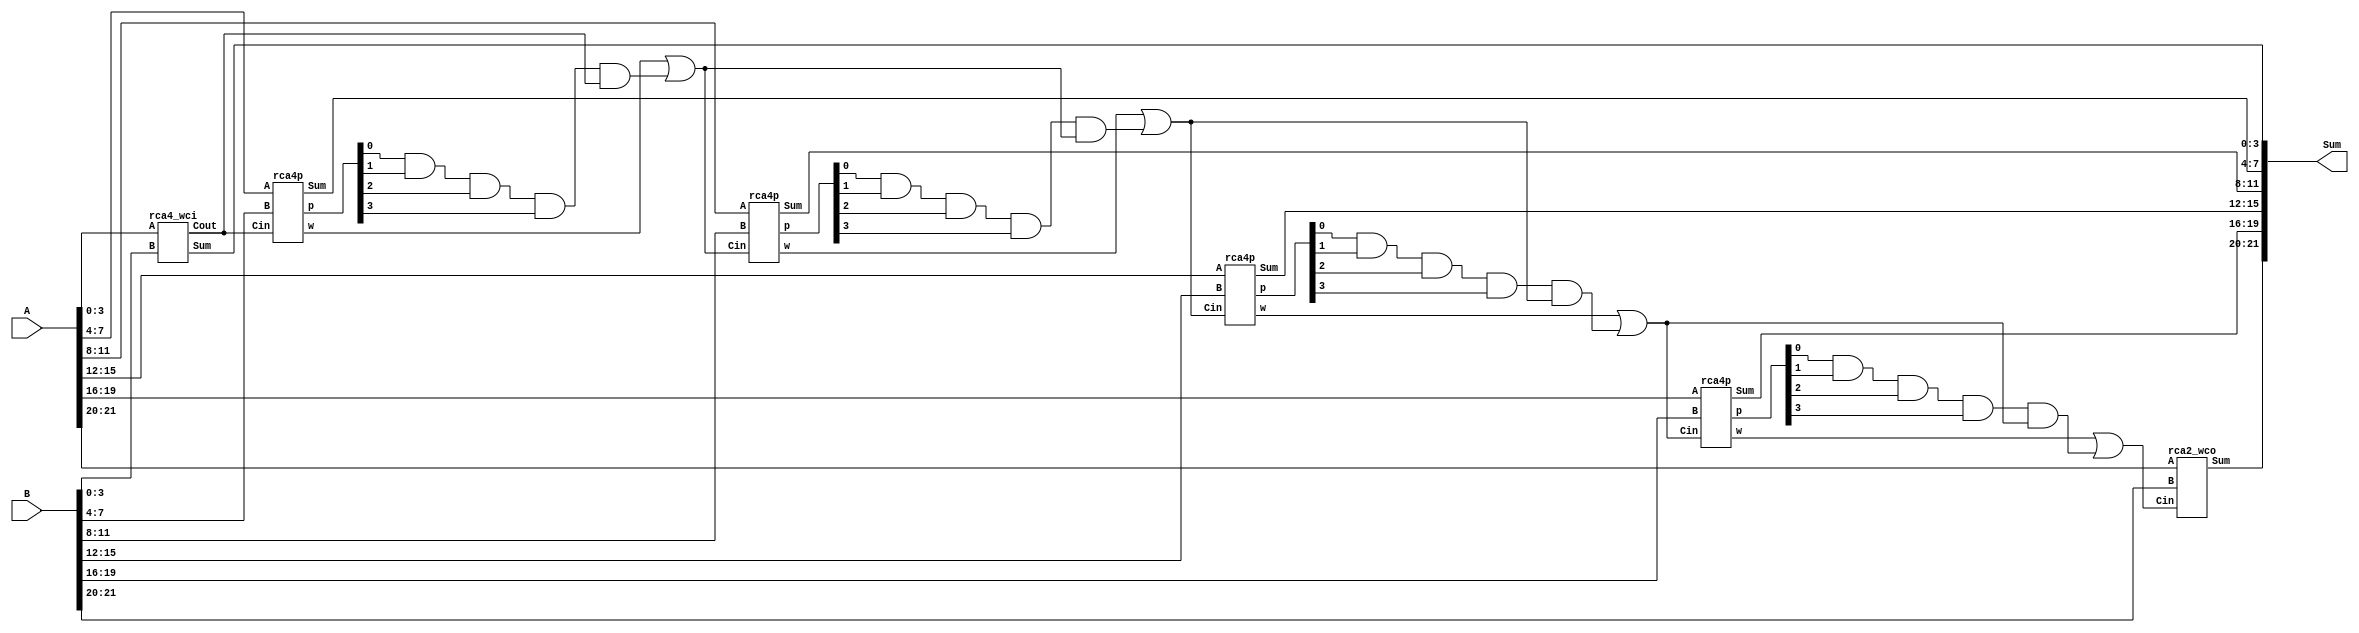
// reuse the above block modules to build the final adder
// The adder is a 22 bit adder which will make use of six blocks of 4 bit each
// carry skip adder 22-bits
module cska22(A, B, Sum);
  input [21:0] A, B;
  
  output [21:0] Sum;
  
  wire [3:0] p1, p2, p3, p4;
  wire w1, w2, w3, w4, w5, w6, w7, w8, c4, c7, c12, c16, c20;
  
  // ripple carry adder without * carry in *
  rca4_wci  r1(A[3:0], B[3:0], Sum[3:0], c4);
  
  // ripple carry adder with port * p * and * carry out *
  rca4p r2(A[7:4], B[7:4], c4, Sum[7:4], w1, p1);
  and   a1(w2, p1[0], p1[1], p1[2], p1[3], c4);
  or    o1(c7, w1, w2);
  
  // ripple carry adder with port * p * and * carry out *
  rca4p r3(A[11:8], B[11:8], c7, Sum[11:8], w3, p2);
  and   a2(w4, p2[0], p2[1], p2[2], p2[3], c7);
  or    o2(c12, w3, w4);
  
  // ripple carry adder with port * p * and * carry out *
  rca4p r4(A[15:12], B[15:12], c12, Sum[15:12], w5, p3);
  and   a3(w6, p3[0], p3[1], p3[2], p3[3], c12);
  or    o3(c16, w5, w6);
  
  // ripple carry adder with port * p * and * carry out *
  rca4p r5( A[19:16], B[19:16], c16, Sum[19:16], w7, p4);
  and   a4(w8, p4[0], p4[1], p4[2], p4[3], c16);
  or    o4(c20, w7, w8);
  
  // ripple carry adder without * carry out *
  rca2_wco  r6(A[21:20], B[21:20], c20, Sum[21:20]);

endmodule

// carry skip adder 15-bits, for counter, just add 1-bit every time
module cska15_count (A, Sum);
  input [14:0] A;
  
  output [14:0] Sum;
  
  wire w1, w2, w3, w4, w5, w6, w7, w8, c4, c7, c12, c16, c20;
  
  // ripple carry adder for count
  rca4_count  r1(A[3:0], Sum[3:0], c4);
  
  // ripple carry adder with for counter
  rca4_middle_count r2(A[7:4], c4, Sum[7:4], c7);
  
  // ripple carry adder with port * p *
  rca4_middle_count r3(A[11:8], c7, Sum[11:8], c12);
  
  rca3_wco  r4(A[14:12], c12, Sum[14:12]);
  
endmodule

// carry skip adder 14-bits, for counter, just add 1-bit every time
/***for RGBadd_enable_timer***/
module cska14_count (A, Sum, one_picture);
  input [13:0] A;
  
  output [13:0] Sum;
  output one_picture;
  
  wire w1, w2, w3, w4, w5, w6, w7, w8, c4, c7, c12, c13, c20;
  
  // ripple carry adder for count
  rca4_count  r1(A[3:0], Sum[3:0], c4);
  
  // ripple carry adder with for counter
  rca4_middle_count r2(A[7:4], c4, Sum[7:4], c7);
  
  // ripple carry adder with port * p *
  rca4_middle_count r3(A[11:8], c7, Sum[11:8], c12);
  
  ha ha1(A[12], c12, Sum[12], c13);
  ha ha2(A[13], c13, Sum[13], one_picture);
  
endmodule

// *** for counter ***
// 5-bits ripple carry adder *without* carry out
module rca5_count (A, Sum);
  input [4:0] A;
  
  output [4:0] Sum;
  
  wire [4:0] c;
  wire p, c4;
  wire Cin;
  
  assign Cin=1'b1;
  
  ha ha1(A[0], Cin, Sum[0], c[0]);
  ha ha2(A[1], c[0], Sum[1], c[1]);
  ha ha3(A[2], c[1], Sum[2], c[2]);
  ha ha4(A[3], c[2], Sum[3], c[3]);
  
  and a1(c[4], A[4], c[3]);
  not n1(c4, c[4]);
  or o1(p, A[4], c[3]);
  and a2(Sum[4], c4, p);
  
endmodule

// *** for counter ***
// 4-bits ripple carry adder * with * carry out 
module rca4_middle_count (A, Cin, Sum, Cout);
  input [3:0] A;
  input Cin;
  
  output [3:0] Sum;
  output Cout;
  
  wire [2:0] c;
  
  ha ha1(A[0], Cin, Sum[0], c[0]);
  ha ha2(A[1], c[0], Sum[1], c[1]);
  ha ha3(A[2], c[1], Sum[2], c[2]);
  ha ha4(A[3], c[2], Sum[3], Cout);
  
endmodule

// 4-bits ripple carry adder with port * p * and * carry out *
module rca4p (A, B, Cin, Sum, w, p);
  input [3:0] A, B;
  input       Cin;
  
  output [3:0] Sum, p;
  output       w;
  
  wire c1, c2, c3;

  pfa pfa1(A[0], B[0], Cin, Sum[0], c1, p[0]);
  pfa pfa2(A[1], B[1], c1, Sum[1], c2, p[1]);
  pfa pfa3(A[2], B[2], c2, Sum[2], c3, p[2]);
  pfa pfa4(A[3], B[3], c3, Sum[3], w, p[3]);

endmodule  

// (PFA)propagate full adder, with port * p * and * g *
module pfa (A, B, Cin, Sum, Cout, p);
  input  A, B, Cin;
  output Sum, Cout, p;
  
  wire s1, p, g1, g2;
  
  pha pha1 (A, B, s1, g1, p);
  ha  ha1  (s1, Cin, Sum, g2);
  or o1(Cout, g1, g2); 
   
endmodule

// (PHA)propagate half adder, with port * p * and * g *
module pha (A, B, Sum, g, p);
  input A, B;
  output Sum, g, p;
  
  wire gbar;
  
  and a1(g, A, B);
  not n1(gbar, g);
  
  or  o1(p, A, B);
  and a2(Sum, gbar, p);
    
endmodule

// (PHA)propagate half adder, with port * p *
module pha_count (A, Cin, Sum, p);
  input A, Cin;
  output Sum, p;
  
  wire g, gbar;
  
  and a1(g, A, Cin);
  not n1(gbar, g);
  
  or  o1(p, A, Cin);
  and a2(Sum, gbar, p);
    
endmodule

// *** for counter ***
// 3-bits ripple carry adder without carry-out
module rca3_wco (A, Cin, Sum);
  input [2:0] A;
  input Cin;
  
  output [2:0] Sum;
  
  wire c1, c2;
  
  ha     ha1(A[0], Cin, Sum[0], c1);
  ha     ha2(A[1], c1, Sum[1], c2);
  ha_wco ha3(A[2], c2, Sum[2]);
  
endmodule

// 2-bits ripple carry adder without carry-out
module rca2_wco(A, B, Cin, Sum);
  input [1:0] A, B;
  input Cin;
  
  output [1:0] Sum;
  
  wire c1;

  fa     fa1(A[0],B[0], Cin, Sum[0], c1);
  fa_wco fa2(A[1],B[1], c1, Sum[1]);
  
endmodule

// full adder without carry-out
module fa_wco (A, B, Cin, Sum);
  input A, B, Cin;
  output Sum;
  
  wire c1, s1, c2;
  
  ha     ha1 (A, B, s1, c1);
  ha_wco ha2 (s1, Cin, Sum); 
   
endmodule

// half adder without carry-out
module ha_wco(A, B, Sum);
  input A, B;
  output Sum;          
  
  wire Cout, Cbar, p;
  
  and a1 (Cout, A, B);
  not i1 (Cbar, Cout);
  or o1 (p, A, B);
  and a2 (Sum, Cbar, p);
    
endmodule

// 4-bits ripple carry adder without carry in
module rca4_wci (A, B, Sum, Cout);
  input [3:0] A, B;
  
  output [3:0] Sum;
  output Cout;
  
  wire [2:0] c;

  ha ha1(A[0],B[0], Sum[0], c[0]) ;
  fa fa2(A[1],B[1], c[0], Sum[1], c[1]) ;
  fa fa3(A[2],B[2], c[1], Sum[2], c[2]) ;
  fa fa4(A[3],B[3], c[2], Sum[3], Cout) ;

endmodule

// *** for counter ***
// 4-bits ripple carry adder
module rca4_count (A, Sum, Cout);
  input [3:0] A;
  output [3:0] Sum;
  output Cout;
  
  wire [2:0] c;
  wire Cin;
  
  assign Cin=1'b1;
  
  ha ha1(A[0], Cin, Sum[0], c[0]);
  ha ha2(A[1], c[0], Sum[1], c[1]);
  ha ha3(A[2], c[1], Sum[2], c[2]);
  ha ha4(A[3], c[2], Sum[3], Cout);
  
endmodule  

// full adder
module fa (A, B, Cin, Sum, Cout);
  input A, B, Cin;
  output Cout, Sum;
  
  wire c1, s1, c2;
  
  ha ha1 (A, B, s1, c1);
  ha ha2 (s1, Cin, Sum, c2);
  or o1 (Cout, c1, c2); 
   
endmodule

// half adder
module ha(A, B, Sum, Cout);
  input A, B;
  output Cout, Sum;
  
  wire Cbar, p;
  
  and a1 (Cout, A, B);
  not i1 (Cbar, Cout);
  or o1 (p, A, B);
  and a2 (Sum, Cbar, p);
    
endmodule